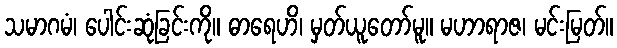
သမာဂမံ၊ ပေါင်းဆုံခြင်းကို။ ဓာရေဟိ၊ မှတ်ယူတော်မူ။ မဟာရာဇ၊ မင်းမြတ်။